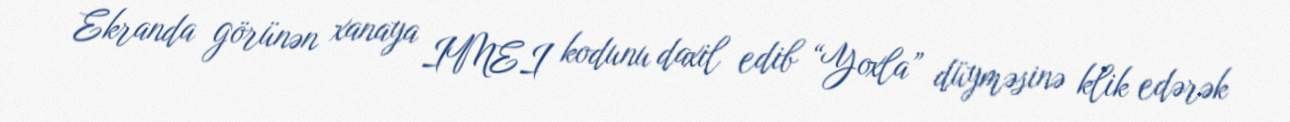
Ekranda görünən xanaya IMEI kodunu daxil edib “Yoxla” düyməsinə klik edərək